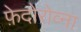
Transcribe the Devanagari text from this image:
फ़ेदोरोव्ना